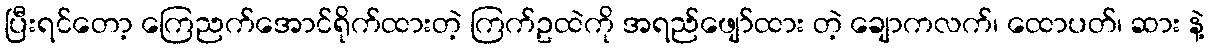
ပြီးရင်တော့ ကြေညက်အောင်ရိုက်ထားတဲ့ ကြက်ဥထဲကို အရည်ဖျော်ထား တဲ့ ချောကလက်၊ ထောပတ်၊ ဆား နဲ့